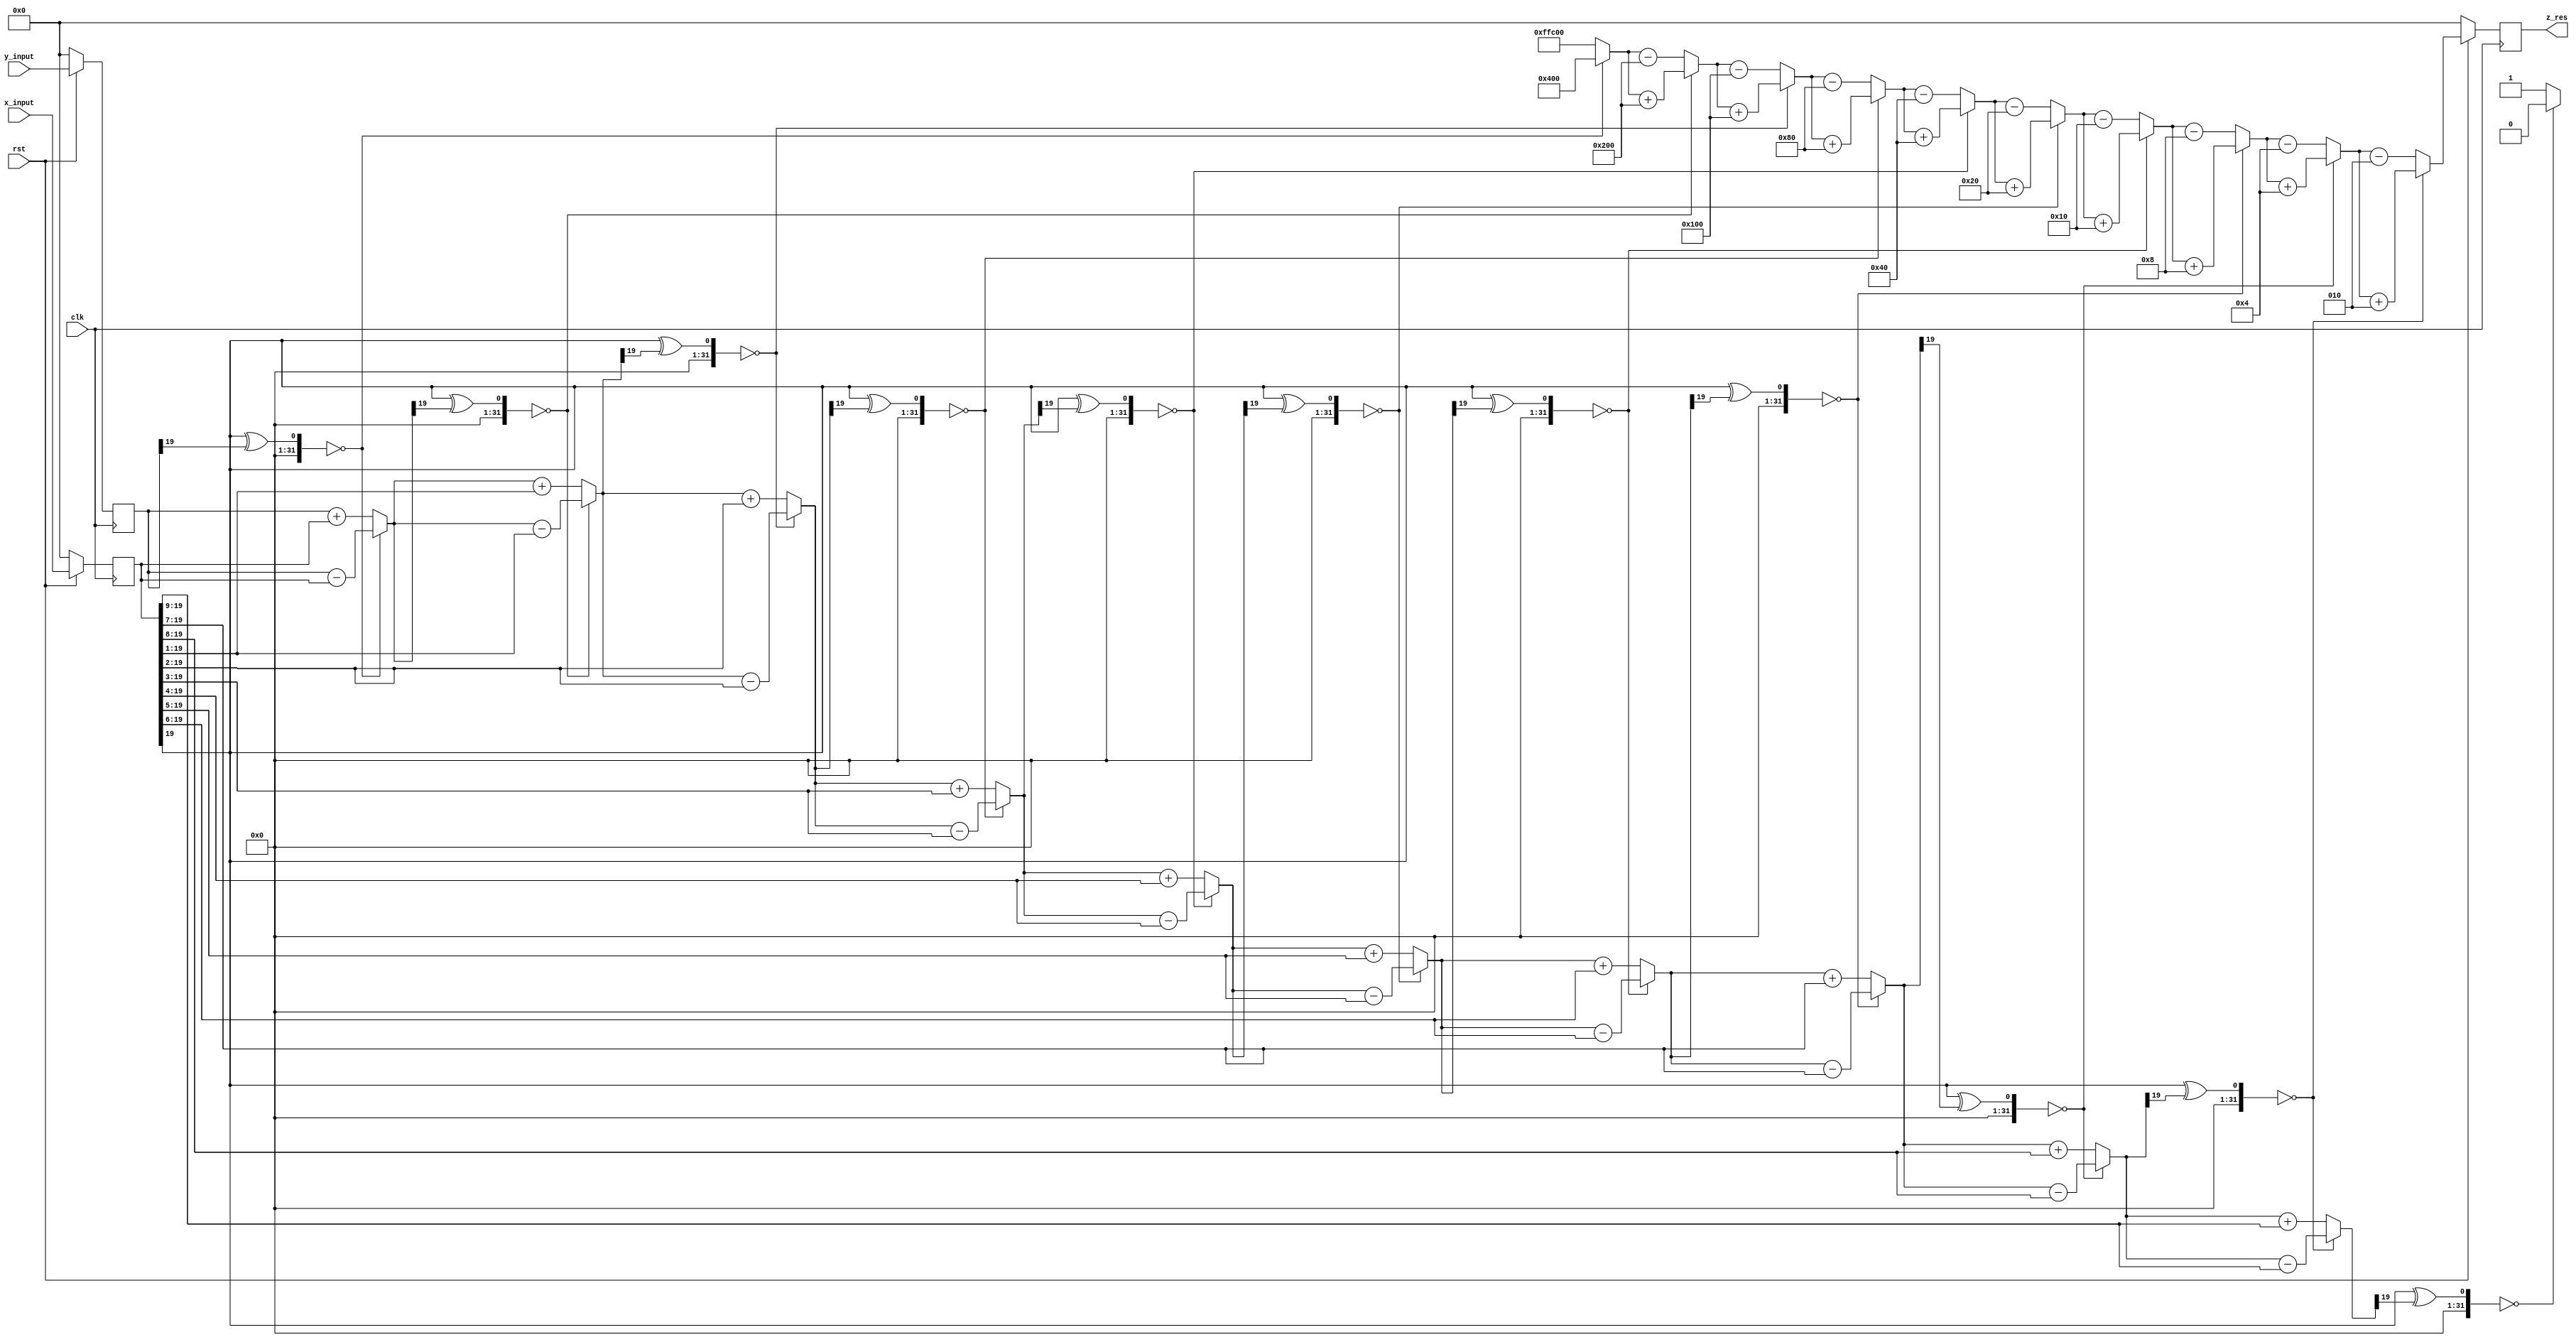
`timescale 1ns / 1ps
//////////////////////////////////////////////////////////////////////////////////
// Company: 
// Engineer: 
// 
// Design Name: 
// Module Name: cordic_sin_cos
// Project Name: 
// Target Devices: 
// Tool Versions: 
// Description: 
// 
// Dependencies: 
// 
// Revision:
// Revision 0.01 - File Created
// Additional Comments:
// 
//////////////////////////////////////////////////////////////////////////////////


module cordic_division(clk,rst,x_input,y_input,z_res);

// Apparently verilog does not support two dimensional arrays as ports (system verilog does)
// However, let us see if this works for simulation

 input clk,rst;  // Input clock and reset signals
 input signed [19:0] x_input;   // 20 bits to denote the x input(16 bits including MSB for the integer part and 4 bits for the fractional part)
 input signed [19:0] y_input;   // 20 bits to denote the y input (16 bits including MSB for the integer part and 4 bits for the fractional part)
 
 output reg signed [19:0] z_res; // 20 bits (4 for integer part and 16 for fractional part) 
 
 reg signed [19:0] x_input_clk ;  // to store the x input (4 bits for the integer part including MSB and 16 bits for the fractional part)
 reg signed [19:0] y_input_clk ;  // to store the y input (4 bits for the integer part including MSB and 16 bits for the fractional part)
 
 reg signed [19:0] x;        // to store the x results of each step (4 bits for the integer part including MSB and 16 bits for the fractional part)
 reg signed [19:0] y [9:0];  // to store the y results of each step (4 bits for the integer part including MSB and 16 bits for the fractional part)
 
 wire signed[19:0] look_up [9:0];       // to store look up values of arc tan using 20 bits (16 bits including MSB to denote the integer part and 4 bits to denote the fractional part)
 reg  signed[19:0] z[10:0];  // Array of 20 bit registers to store the rotated angle 
 reg  d[9:0]; // Array of 1 bit registers to denote the direction of rotation. 1/0 => Anticlockwise / Clockwise rotation 
 
  (*keep = "soft" *) reg d10;
 
 (*keep = "soft" *)reg signed [19:0] y10;
// parameter N = 10;  // Indicates the number of iterations
 
 // In the look up table of (2^-i), 10 bits are used for integer and 10 bits are used for fractional part
 assign look_up[0]  = 20'b00000000010000000000;   // 2 ^ (-0) = 1
 assign look_up[1]  = 20'b00000000001000000000;   // 2 ^ (-1) = 0.5
 assign look_up[2]  = 20'b00000000000100000000;   // 2 ^ (-2) = 0.25
 assign look_up[3]  = 20'b00000000000010000000;   // 2 ^ (-3) = 0.125
 assign look_up[4]  = 20'b00000000000001000000;   // 2 ^ (-4) = 0.0625
 assign look_up[5]  = 20'b00000000000000100000;   // 2 ^ (-5) = 0.03125
 assign look_up[6]  = 20'b00000000000000010000;   // 2 ^ (-6) = 0.015625
 assign look_up[7]  = 20'b00000000000000001000;   // 2 ^ (-7) = 0.0078125
 assign look_up[8]  = 20'b00000000000000000100;   // 2 ^ (-8) = 0.00390625
 assign look_up[9]  = 20'b00000000000000000010;   // 2 ^ (-9) = 0.001953125
// assign look_up[10] = 20'b00000000000000000001;   // 2 ^ (-10) = 0.0009765625
// assign look_up[11] = 20'b00000000000000100000;   // 2 ^ (-11) = 0.00048828125
// assign look_up[12] = 20'b00000000000000010000;   // 2 ^ (-12) = 0.000244140625
// assign look_up[13] = 20'b00000000000000001000;   // 2 ^ (-13) = 0.0001220703125
// assign look_up[14] = 20'b00000000000000000100;   // 2 ^ (-14) = 0.00006103515625
// assign look_up[15] = 20'b00000000000000000010;   // 2 ^ (-15) = 0.000030517578125
// assign look_up[16] = 20'b00000000000000000001;   // 2 ^ (-16) = 0.0000152587890625
 
 always@(posedge clk)
  begin
    if (rst == 0)
      begin
         x_input_clk     <= 20'b0;
         y_input_clk     <= 20'b0;
         z_res <= 20'b0; 
      end  
    else 
      begin
         x_input_clk <= x_input;
         y_input_clk <= y_input;
         z_res <= z[10][19:0]; 
      end
  end
 
 
 // Place them in a separate always block as they are fixed (This helps us avoid numerous RTL errors)
 always@(*)
   begin
      x    = x_input_clk; // x[0] = 0.6072 (4 bits for the integer part and 10 bits for the fractional part)
      y[0] = y_input_clk; // y[0] = 0.0000 (4 bits for the integer part and 10 bits for the fractional part)
      z[0] = 20'b0; 
      d[0] = ((x[19] ^ (y[0][19])) == 0) ? 0 : 1;  
   end
   
 integer i;
 always@(*)
   begin
      for(i = 1 ; i<= 9;i = i+1)
        begin
         y[i] = (d[i-1] == 1) ? (y[i-1] + (x>>>(i-1)) ) : (y[i-1]- (x>>>(i-1)) );
         z[i] = (d[i-1] == 1) ? (z[i-1] - look_up[i-1]) : (z[i-1]+look_up[i-1]);
         d[i] = ((x[19] ^ (y[i][19])) == 0) ? 0 : 1;
        end
        
         y10   = (d[9] == 1) ? (y[9] + (x>>>(9)) ) : (y[9]- (x>>>(9)) );
         z[10] = (d[9] == 1) ? (z[9] - look_up[9]) : (z[9]+look_up[9]);
         d10   = ((x[19] ^ (y10[19])) == 0) ? 0 : 1;
   end
endmodule